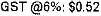
GST @6%: $0.52